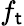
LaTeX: f_{\mathsf{t}}